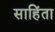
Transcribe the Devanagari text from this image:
साहिंता